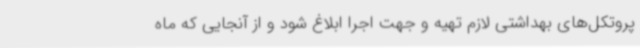
پروتکل‌های بهداشتی لازم تهیه و جهت اجرا ابلاغ شود و از آنجایی که ماه